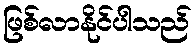
ဖြစ်လာနိုင်ပါသည်